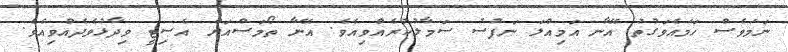
ނަމަވެސް ހަމައެވަގުތު އޭނާ އަމިއްލަ ނަފުސު ސަމާލުކުރެއްވިއެވެ. އޭނާ ތޯމަސްއަށް އެސިޓީ ވިދާޅުވެދެއްވިއެވެ.